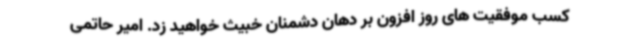
کسب موفقیت های روز افزون بر دهان دشمنان خبیث خواهید زد. امیر حاتمی